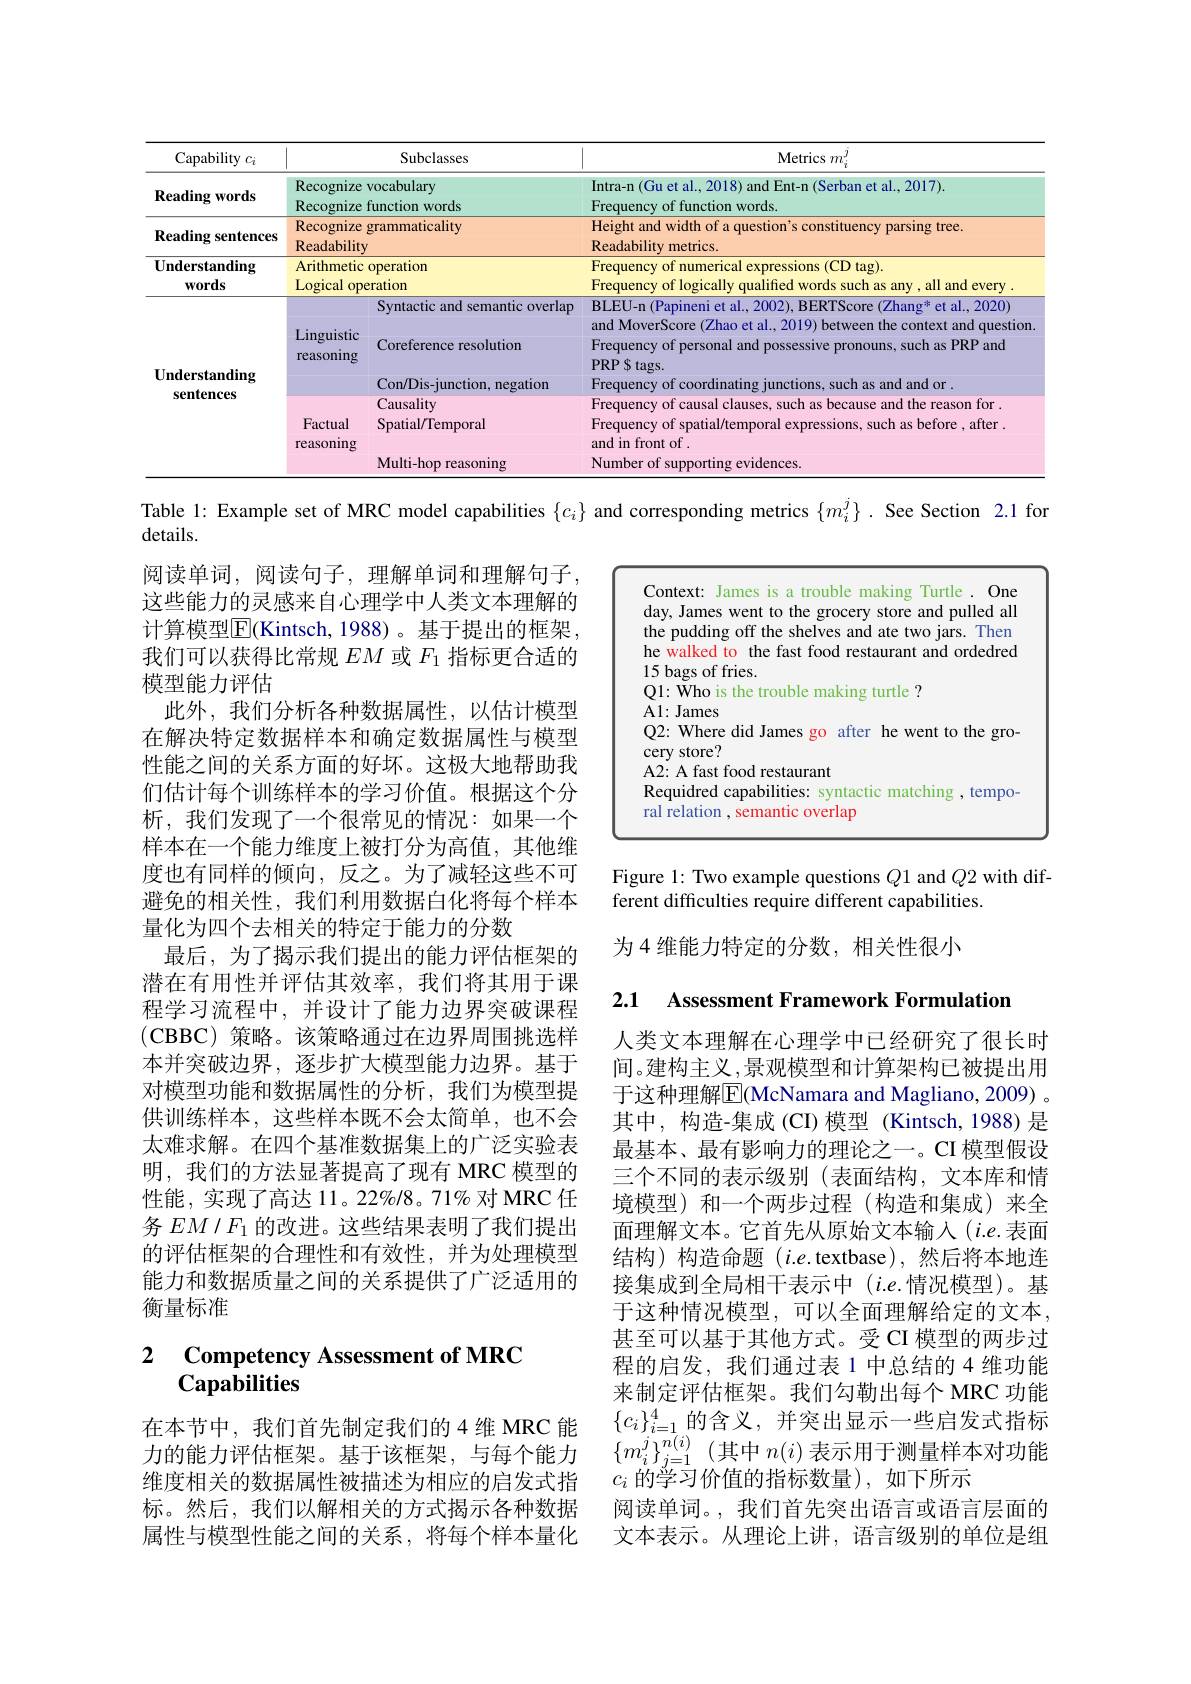
<table>
	<tbody>
		<tr>
			<th>Capability $C_{i}$</th>
			<th colspan="2">Subclasses</th>
			<th>Metrics $m_i^{j}$</th>
		</tr>
		<tr>
			<td>$\textbf{Reading words}$</td>
			<td rowspan="1">Recognize vocabulary Reroonize function</td>
			<td>vocabulary function words</td>
			<td>Intra-n (Gu et al., 2018) and Ent-n (Serban et al., 2017). Frequency of function words</td>
		</tr>
		<tr>
			<td>Reading sentences</td>
			<td rowspan="1">Recognize grammaticality Readability</td>
			<td>grammaticality</td>
			<td>Height and width of a question's constituency parsing tree. Readability metrics</td>
		</tr>
		<tr>
			<td>Understanding $\mathbf{words}$</td>
			<td>Arithmetic Logical $op\epsilon$</td>
			<td rowspan="1">rithmetic operation ogical operation</td>
			<td>Frequency of numerical expressions (CD tag). Frequency of logically qualified words such as any , all and every .</td>
		</tr>
		<tr>
			<td rowspan="6">Understanding sentences</td>
			<td> </td>
			<td>Syntactic and semantic overlap</td>
			<td>BLEU-n 2002 BERTScore Zhang 1..2020) Pf al</td>
		</tr>
		<tr>
			<td>Linguistic</td>
			<td> </td>
			<td>and MoverScore (Zhao et al., 2019) between the context and question 1</td>
		</tr>
		<tr>
			<td>Ieasomng</td>
			<td> </td>
			<td>PRP S tags. T</td>
		</tr>
		<tr>
			<td> </td>
			<td>legatiom</td>
			<td>riequelic 0 TIN allu allu or</td>
		</tr>
		<tr>
			<td rowspan="2">Factual reasoning</td>
			<td>ausalıty Spatial/Temporal</td>
			<td>Frequency of causal clauses, such as because and the reason tor . Frequency of spatial/temporal expressions, such as before , after . and in front of .</td>
		</tr>
		<tr>
			<td>Multi-hop reasoning</td>
			<td>Number of evidences</td>
		</tr>
	</tbody>
</table>

<FigureHere>

Figure 1: Two example questions Q1 and Q2 with dif-
ferent difficulties require different capabilities.

Table 1: Example set of MRC model capabilities $\{c_i\}$ and corresponding metrics $\{m_i^j\}$ .See Section 2.1 for
details.
阅读单词，阅读句子，理解单词和理解句子， 这些能力的灵感来自心理学中人类文本理解的计算模型$\overline{\mathrm{E}}($Kintsch,1988)。基于提出的框架， 我们可以获得比常规$EM$或$F_1$指标更合适的模型能力评估
此外，我们分析各种数据属性，以估计模型在解决特定数据样本和确定数据属性与模型性能之间的关系方面的好坏。这极大地帮助我们估计每个训练样本的学习价值。根据这个分析，我们发现了一个很常见的情况：如果一个样本在一个能力维度上被打分为高值，其他维度也有同样的倾向，反之。为了减轻这些不可避免的相关性，我们利用数据白化将每个样本量化为四个去相关的特定于能力的分数
最后，为了揭示我们提出的能力评估框架的潜在有用性并评估其效率，我们将其用于课程学习流程中，并设计了能力边界突破课程(CBBC)策略。该策略通过在边界周围挑选样本并突破边界，逐步扩大模型能力边界。基于对模型功能和数据属性的分析，我们为模型提供训练样本，这些样本既不会太简单，也不会太难求解。在四个基准数据集上的广泛实验表明，我们的方法显著提高了现有 MRC 模型的性能，实现了高达 11。22%/8。71% 对 MRC 任务$EM/F_{1}$的改进。这些结果表明了我们提出的评估框架的合理性和有效性，并为处理模型能力和数据质量之间的关系提供了广泛适用的衡量标准

为 4 维能力特定的分数，相关性很小

2.1 Assessment Framework Formulation

人类文本理解在心理学中已经研究了很长时间。建构主义 ,景观模型和计算架构已被提出用于这种理解$\overline{\mathrm{E}}$(McNamara and Magliano, 2009) 。其中，构造-集成(CI)模型(Kintsch,1988)是最基本、最有影响力的理论之一。CI 模型假设三个不同的表示级别(表面结构，文本库和情境模型)和一个两步过程(构造和集成)来全面理解文本。它首先从原始文本输入 $(i.e.$表面结构)构造命题(i.e.textbase),然后将本地连接集成到全局相干表示中 $(i.e.$情况模型)。基于这种情况模型，可以全面理解给定的文本， 甚至可以基于其他方式。受 CI 模型的两步过程的启发，我们通过表 1 中总结的 4 维功能来制定评估框架。我们勾勒出每个 MRC 功能$\{c_i\}_{i=1}^4$的含义，并突出显示一些启发式指标$\{m_i^j\}_{j=1}^{n(i)}($其中 $n(i)$ 表示用于测量样本对功能$c_i$ 的 学 习 价 值 的 指 标 数 量 ) , 如 下 所 示
阅读单词。,我们首先突出语言或语言层面的文本表示。从理论上讲，语言级别的单位是组

# $\begin{array}{ll}2&\text{Competency Assessment of MRC}\\&\text{Capabilities}\end{array}$

在本节中，我们首先制定我们的 4 维 MRC 能力的能力评估框架。基于该框架，与每个能力维度相关的数据属性被描述为相应的启发式指标。然后，我们以解相关的方式揭示各种数据属性与模型性能之间的关系，将每个样本量化